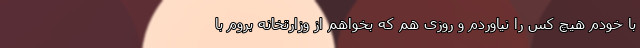
با خودم هیچ کس را نیاوردم و روزی هم که بخواهم از وزارتخانه بروم با